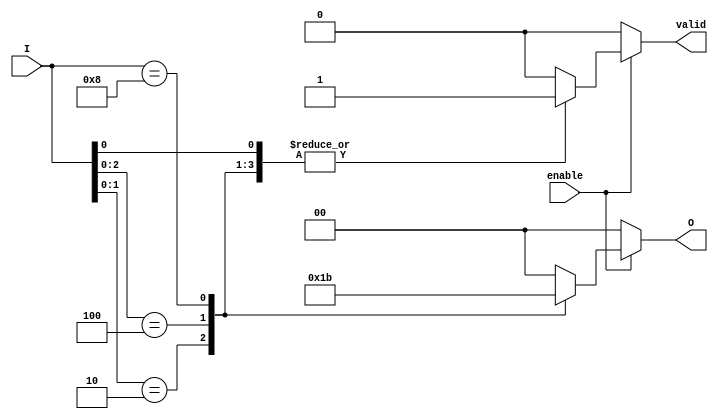
module binary_encoder (
    input wire [3:0] I,      // 4 input lines
    input wire enable,       // Enable input
    output reg [1:0] O,      // 2 output lines
    output reg valid         // Valid output indicator
);

    always @(*) begin
        if (!enable) begin
            O = 2'b00;        // If not enabled, output is 00
            valid = 1'b0;     // Not valid
        end else begin
            casez (I)         // Use casez to handle don't care conditions
                4'b???1: begin O = 2'b00; valid = 1'b1; end // I0 active
                4'b??10: begin O = 2'b01; valid = 1'b1; end // I1 active
                4'b?100: begin O = 2'b10; valid = 1'b1; end // I2 active
                4'b1000: begin O = 2'b11; valid = 1'b1; end // I3 active
                default: begin O = 2'b00; valid = 1'b0; end // No valid input
            endcase
        end
    end

endmodule